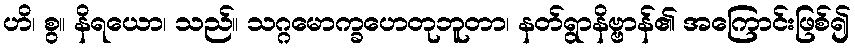
ဟိ၊ စွ။ နိရယော၊ သည်။ သဂ္ဂမောက္ခဟေတုဘူတာ၊ နတ်ရွာနိဗ္ဗာန်၏ အကြောင်းဖြစ်၍